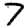
Digit: 7